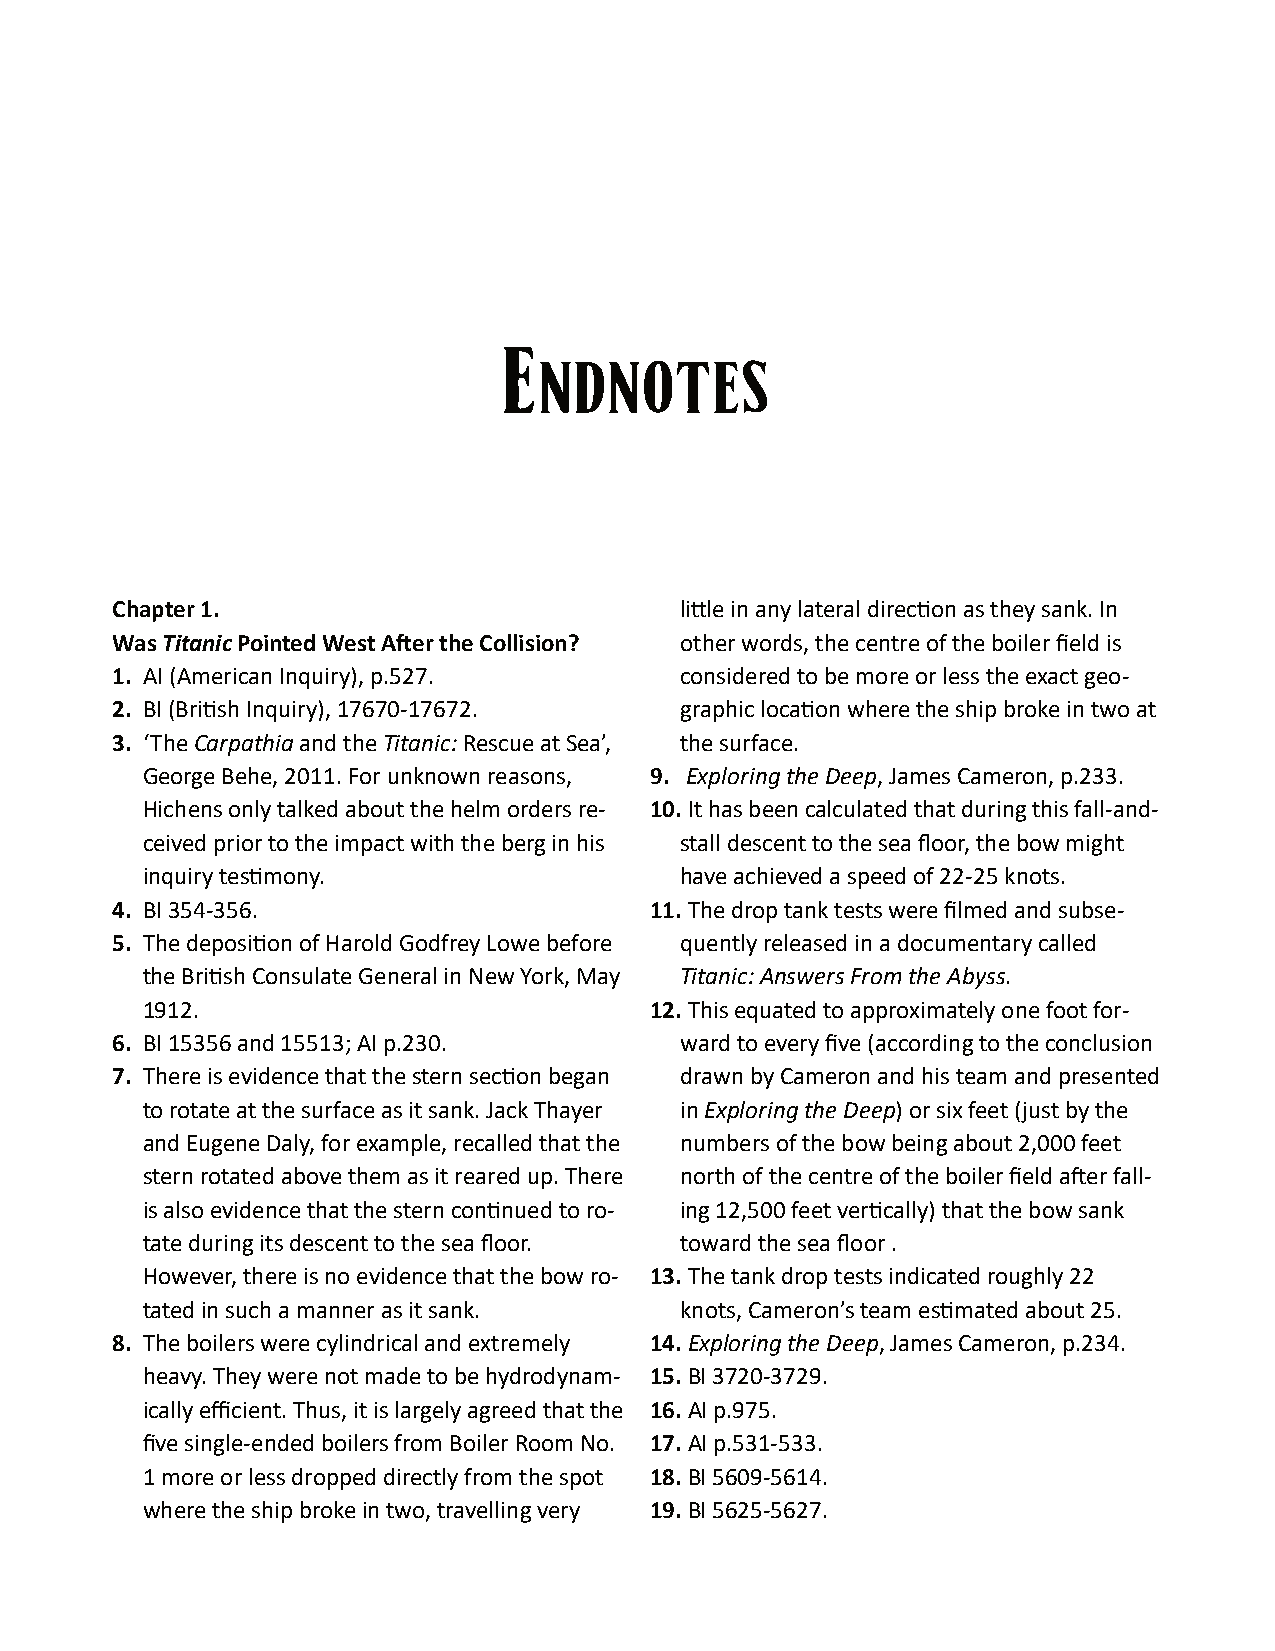
E
 NDNOTES
 Chapter1.                             li�leinanylateraldirec�onastheysank.In
 WasTitanicPointedWestA�ertheCollision? otherwords,thecentreoftheboilerfieldis
 1. AI(AmericanInquiry),p.527.         consideredtobemoreorlesstheexactgeo-
 2. BI(Bri�shInquiry),17670-17672.     graphicloca�onwheretheshipbrokeintwoat
 3. ‘TheCarpathiaandtheTitanic:RescueatSea’, thesurface.
 GeorgeBehe,2011.Forunknownreasons, 9. ExploringtheDeep,JamesCameron,p.233.
 Hichensonlytalkedaboutthehelmordersre- 10.Ithasbeencalculatedthatduringthisfall-and-
 ceivedpriortotheimpactwiththeberginhis stalldescenttotheseafloor,thebowmight
 inquirytes�mony.                    haveachievedaspeedof22-25knots.
 4. BI354-356.                       11.Thedroptanktestswerefilmedandsubse-
 5. Thedeposi�onofHaroldGodfreyLowebefore quentlyreleasedinadocumentarycalled
 theBri�shConsulateGeneralinNewYork,May Titanic:AnswersFromtheAbyss.
 1912.                             12.Thisequatedtoapproximatelyonefootfor-
 6. BI15356and15513;AIp.230.           wardtoeveryfive(accordingtotheconclusion
 7. Thereisevidencethatthesternsec�onbegan drawnbyCameronandhisteamandpresented
 torotateatthesurfaceasitsank.JackThayer inExploringtheDeep)orsixfeet(justbythe
 andEugeneDaly,forexample,recalledthatthe numbersofthebowbeingabout2,000feet
 sternrotatedabovethemasitrearedup.There northofthecentreoftheboilerfielda�erfall-
 isalsoevidencethatthesterncon�nuedtoro- ing12,500feetver�cally)thatthebowsank
 tateduringitsdescenttotheseafloor.  towardtheseafloor.
 However,thereisnoevidencethatthebowro- 13.Thetankdroptestsindicatedroughly22
 tatedinsuchamannerasitsank.         knots,Cameron’steames�matedabout25.
 8. Theboilerswerecylindricalandextremely 14.ExploringtheDeep,JamesCameron,p.234.
 heavy.Theywerenotmadetobehydrodynam- 15.BI3720-3729.
 icallyefficient.Thus,itislargelyagreedthatthe 16.AIp.975.
 fivesingle-endedboilersfromBoilerRoomNo. 17.AIp.531-533.
 1moreorlessdroppeddirectlyfromthespot 18.BI5609-5614.
 wheretheshipbrokeintwo,travellingvery 19.BI5625-5627.